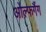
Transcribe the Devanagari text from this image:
ओल्फगैंग